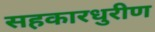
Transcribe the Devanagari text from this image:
सहकारधुरीण